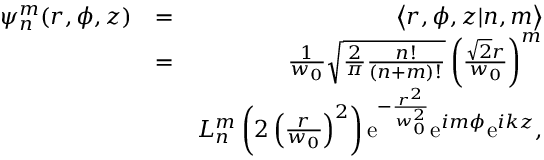
\begin{array} { r l r } { \psi _ { n } ^ { m } ( r , \phi , z ) } & { = } & { \left\langle r , \phi , z | n , m \right\rangle } \\ & { = } & { \frac { 1 } { w _ { 0 } } \sqrt { \frac { 2 } { \pi } \frac { n ! } { ( n + m ) ! } } \left( \frac { \sqrt { 2 } r } { w _ { 0 } } \right) ^ { m } } \\ & { } & { L _ { n } ^ { m } \left( 2 \left( \frac { r } { w _ { 0 } } \right) ^ { 2 } \right) \mathrm { e } ^ { - \frac { r ^ { 2 } } { w _ { 0 } ^ { 2 } } } \mathrm { e } ^ { i m \phi } \mathrm { e } ^ { i k z } , } \end{array}